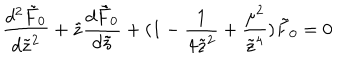
LaTeX: \frac { d ^ { 2 } \tilde { F } _ { 0 } } { d \tilde { z } ^ { 2 } } + \tilde { z } \frac { d \tilde { F } _ { 0 } } { d \tilde { z } } + ( 1 - \frac { 1 } { 4 \tilde { z } ^ { 2 } } + \frac { \mu ^ { 2 } } { \tilde { z } ^ { 4 } } ) \tilde { F } _ { 0 } = 0